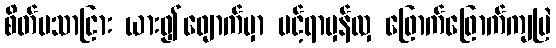
စိတ်မသာငြား ယား၍ဖျောက်မှာ ပင့်ရာမှန်လှ ဖြောက်ဖြောက်ကျမြဲ